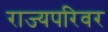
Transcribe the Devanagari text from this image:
राज्यपरिवर